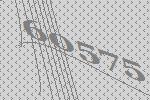
60575